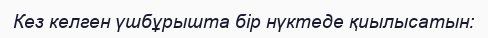
Кез келген үшбұрышта бір нүктеде қиылысатын: